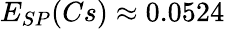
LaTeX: E_{SP}(Cs)\approx 0.0524